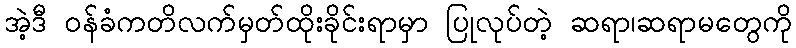
အဲ့ဒီ ဝန်ခံကတိလက်မှတ်ထိုးခိုင်းရာမှာ ပြုလုပ်တဲ့ ဆရာ၊ဆရာမတွေကို